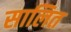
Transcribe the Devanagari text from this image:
सालित